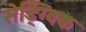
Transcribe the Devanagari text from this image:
सेड्ग्विक